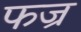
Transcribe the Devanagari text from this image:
फज्र